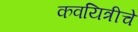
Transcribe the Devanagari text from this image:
कवयित्रीचे